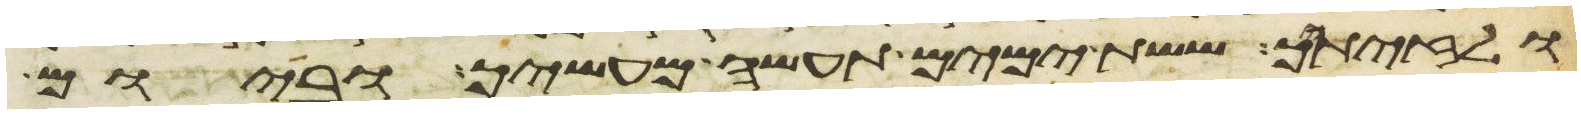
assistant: ולזיתיך ששת ימים תעשה מעשיך וביום